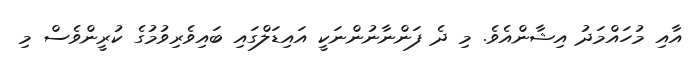
އާއި މުހައްމަދު އިޝާންއެވެ. މި ދެ ފަންނާނުންނަކީ އައިޑަލްގައި ބައިވެރިވުމުގެ ކުރީންވެސް މި